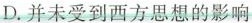
D. 并未受到西方思想的影响